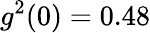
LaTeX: g^{2}(0)=0.48